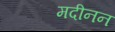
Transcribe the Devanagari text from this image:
मदीनन